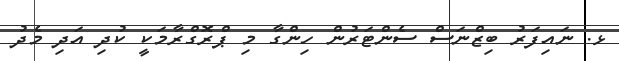
ޅ. ނައިފަރު ބިޒްނަސް ސެންޓަރުން ހިންގާ މި ޕްރޮގްރާމަކީީ ކުދި އަދި މެދު